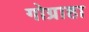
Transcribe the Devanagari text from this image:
गोग्राहा